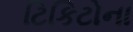
ટિકિટોના